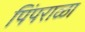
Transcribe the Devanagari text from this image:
पिंपराळा